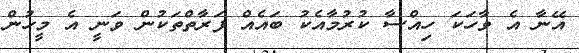
އޭނާ އެ ވާހަކަ ހިއްސާ ކުރުމާއެކު ބައެއް ފަރާތްތަކުން ވަނީ އެ މީހުން